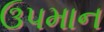
ઉપમાન